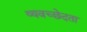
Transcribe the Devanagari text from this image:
व्यवच्छेदता